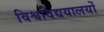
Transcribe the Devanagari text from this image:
विश्वविद्ययालयों